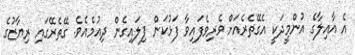
އެ އާއިލާގެ އުންމީދަކީ އެގޭތެރެއަށް ވެރިވެފައިވާ ފަޅުކަން ފިލައިގެން ދިއުމެއެވެ. ގޭތެރޭގައި ރިޔާޒުގެ